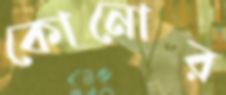
কোনোর